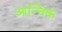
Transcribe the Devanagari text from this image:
आन्चिक